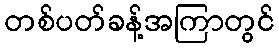
တစ်ပတ်ခန့်အကြာတွင်